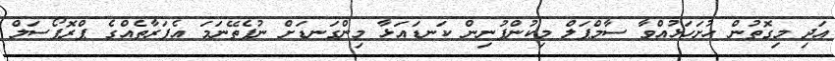
އަދި މިގޮތުން ހުށަހަޅުއްވާ ސާމްޕަލް މިކުންފުނިން ކަނޑައަޅާ މިންގަނޑަށް ނުފެތޭނަމަ އެފަރާތެއްގެ ޕްރޮޕޯސަލް